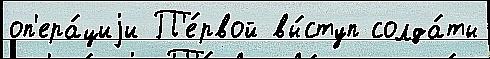
оп'ера́циjи П'е́рвой вы́ступ солда́ты